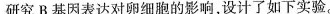
研究B基因表达对卵细胞的影响，设计了如下实验。